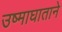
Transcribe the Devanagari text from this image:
उष्माघाताने